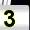
Digit: 3